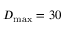
D _ { \mathrm { m a x } } = 3 0